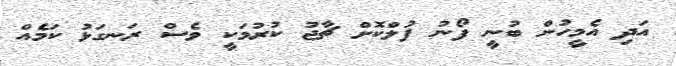
އަދި އެމީހުން ބުނީ ފޯނު ފުލްކޮށް ޗާޖު ކުރުމަކީ ވެސް ރަނގަޅު ކަމެއް